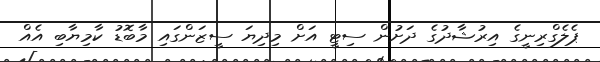
ޕެލެގްރިނީގެ އިރުޝާދުގެ ދަށުން ސިޓީ އަށް މިދިޔަ ސީޒަންގައި މާބޮޑު ކާމިޔާބި އެއް